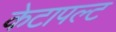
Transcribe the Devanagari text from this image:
केटापल्ट